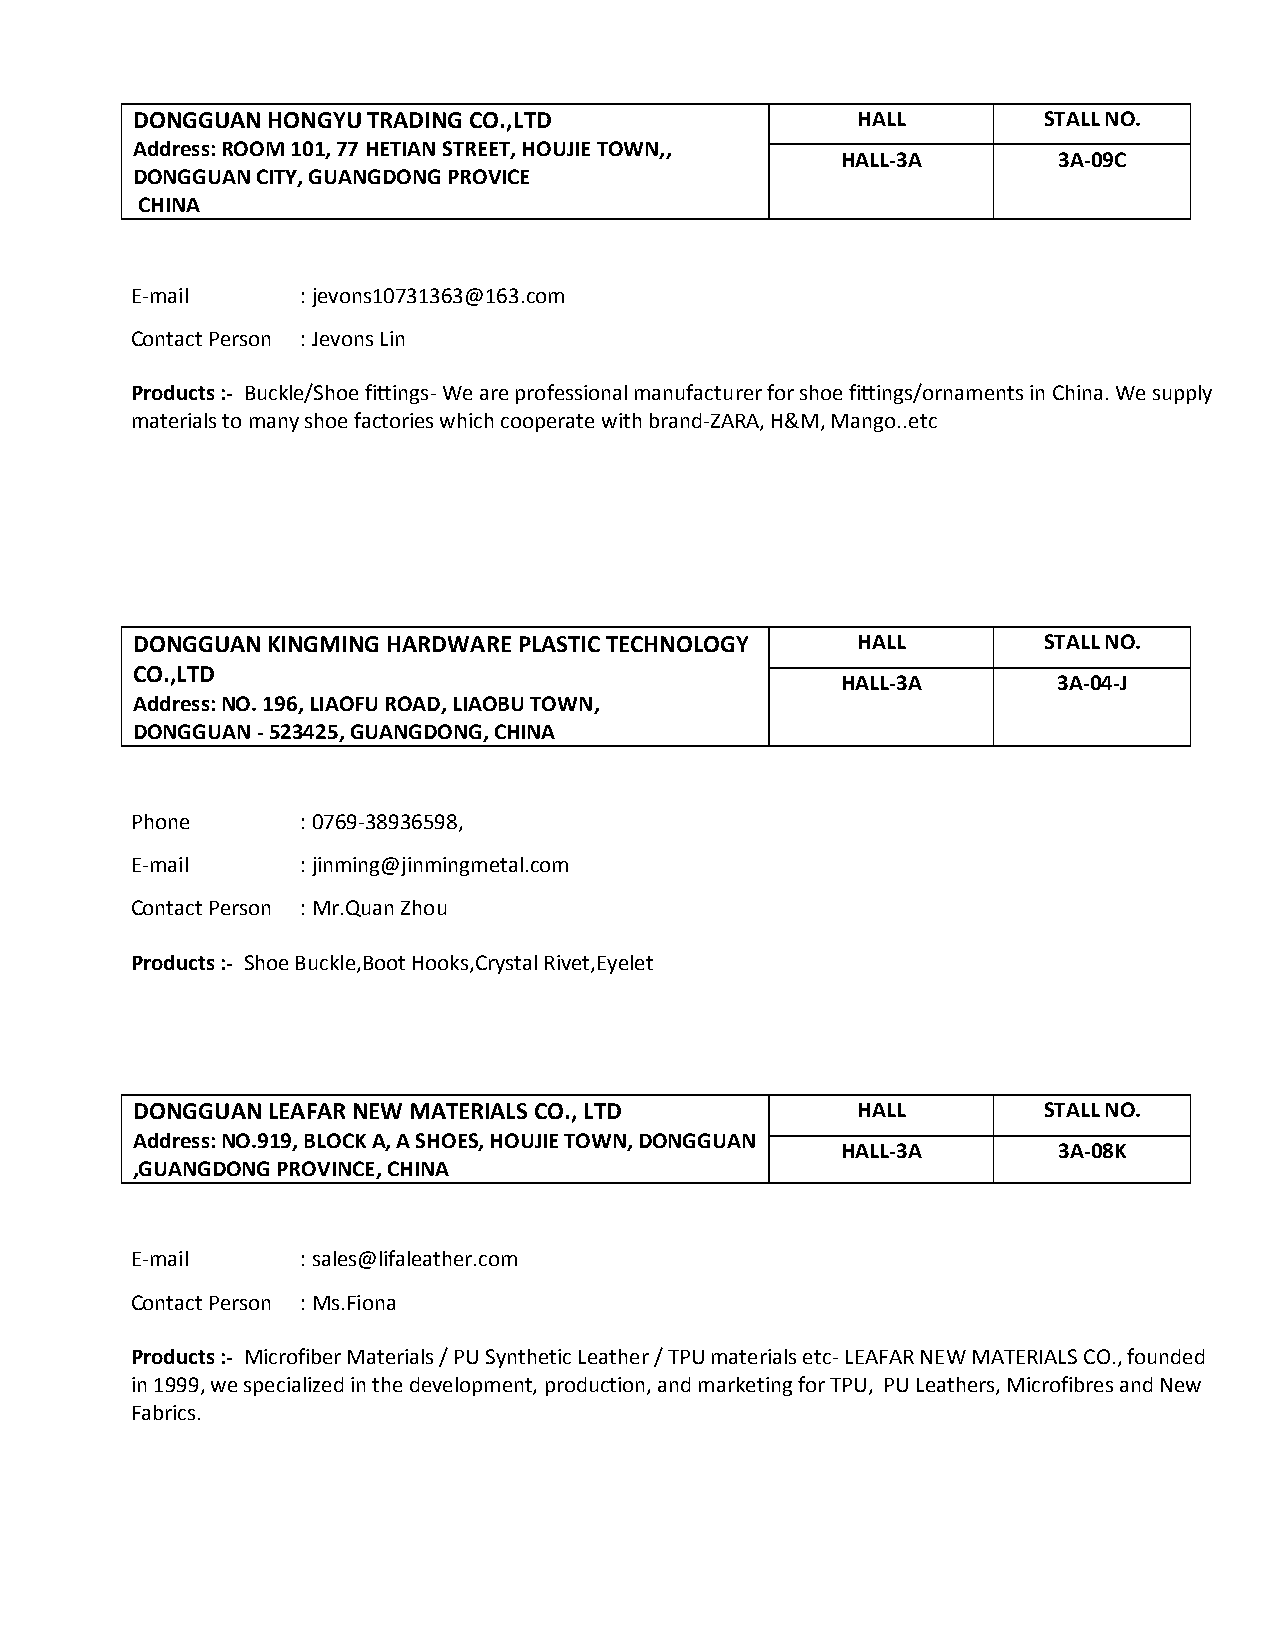
DONGGUAN HONGYU TRADING CO.,LTD                 HALL        STALL NO.
 Address: ROOM 101, 77 HETIAN STREET, HOUJIE TOWN,,
 HALL-3A       3A-09C
 DONGGUAN CITY, GUANGDONG PROVICE
 CHINA
 E-mail     : jevons10731363@163.com
 Contact Person : Jevons Lin
 Products :- Buckle/Shoe fittings- We are professional manufacturer for shoe fittings/ornaments in China. We supply
 materials to many shoe factories which cooperate with brand-ZARA, H&M, Mango..etc
 DONGGUAN KINGMING HARDWARE PLASTIC TECHNOLOGY   HALL        STALL NO.
 CO.,LTD
 HALL-3A       3A-04-J
 Address: NO. 196, LIAOFU ROAD, LIAOBU TOWN,
 DONGGUAN - 523425, GUANGDONG, CHINA
 Phone      : 0769-38936598,
 E-mail     : jinming@jinmingmetal.com
 Contact Person : Mr.Quan Zhou
 Products :- Shoe Buckle,Boot Hooks,Crystal Rivet,Eyelet
 DONGGUAN LEAFAR NEW MATERIALS CO., LTD          HALL        STALL NO.
 Address: NO.919, BLOCK A, A SHOES, HOUJIE TOWN, DONGGUAN
 HALL-3A       3A-08K
 ,GUANGDONG PROVINCE, CHINA
 E-mail     : sales@lifaleather.com
 Contact Person : Ms.Fiona
 Products :- Microfiber Materials / PU Synthetic Leather / TPU materials etc- LEAFAR NEW MATERIALS CO., founded
 in 1999, we specialized in the development, production, and marketing for TPU, PU Leathers, Microfibres and New
 Fabrics.